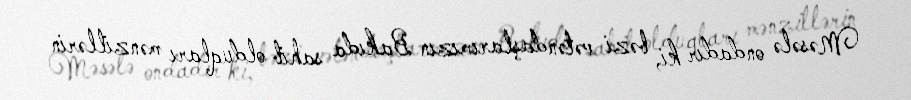
Məsələ ondadır ki, bəzi vətəndaşlarımızın Bakıda sahib olduqları mənzillərin